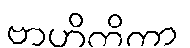
ဗာဟိတိကာ